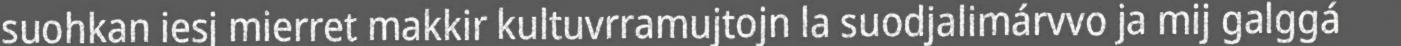
suohkan iesj mierret makkir kultuvrramujtojn la suodjalimárvvo ja mij galggá